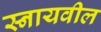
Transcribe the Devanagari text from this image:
स्नायवील